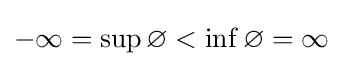
-\infty =\sup \varnothing <\inf \varnothing =\infty